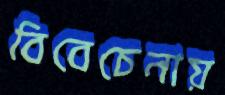
বিবেচেনায়